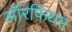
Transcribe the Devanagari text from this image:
ऑरफ़ियम